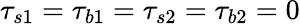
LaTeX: \tau_{s1}=\tau_{b1}=\tau_{s2}=\tau_{b2}=0